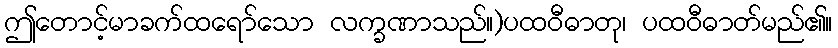
ဤတောင့်မာခက်ထရော်သော လက္ခဏာသည်။)ပထဝီဓာတု၊ ပထဝီဓာတ်မည်၏။